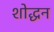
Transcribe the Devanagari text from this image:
शोद्धन